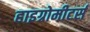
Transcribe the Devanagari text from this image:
हाइग्रोमीटर्स